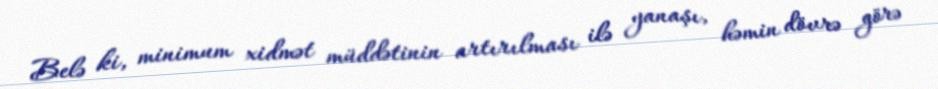
Belə ki, minimum xidmət müddətinin artırılması ilə yanaşı, həmin dövrə görə